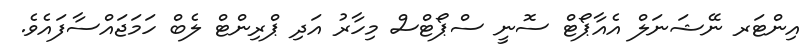
އިންޓަރ ނޭޝަނަލް އެއާޕޯޓް ސޮނީ ސްޕޯޓްސް މިހާރު އަދި ޕްރިންޓް ލެބް ހަމަޖައްސާފައެވެ.